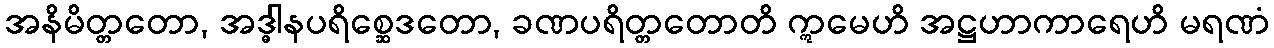
အနိမိတ္တတော, အဒ္ဓါနပရိစ္ဆေဒတော, ခဏပရိတ္တတောတိ ဣမေဟိ အဋ္ဌဟာကာရေဟိ မရဏံ